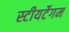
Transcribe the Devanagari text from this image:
स्टीयर्टेगम